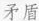
矛盾